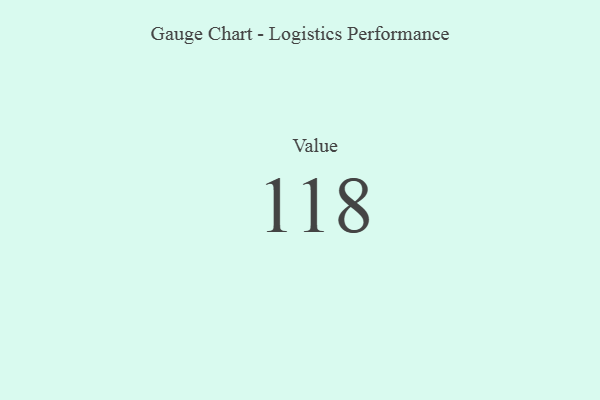
{"axis": {"x": "Metric", "y": "Value"}, "legend": [""], "data": [{"x": "Value", "y": 118, "type": ""}]}